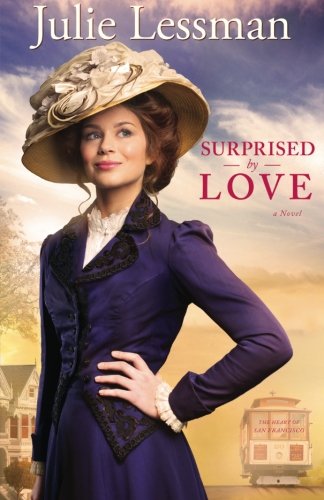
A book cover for Surprised by Love: A Novel (The Heart of San Francisco) (Volume 3); Julie Lessman; Romance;